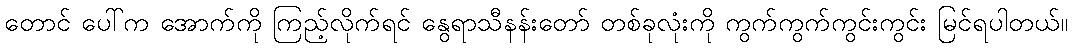
တောင် ပေါ်က အောက်ကို ကြည့်လိုက်ရင် နွေရာသီနန်းတော် တစ်ခုလုံးကို ကွက်ကွက်ကွင်းကွင်း မြင်ရပါတယ်။